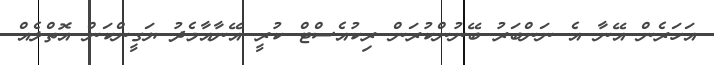
އަހަރެން އޭނާ އެ ނަންބަރު ބޭނުންކުރަން ރިކުއެސްޓް ކުރީ އޭނާއާމެދު ޔަގީންކަން އޮތްލެއް